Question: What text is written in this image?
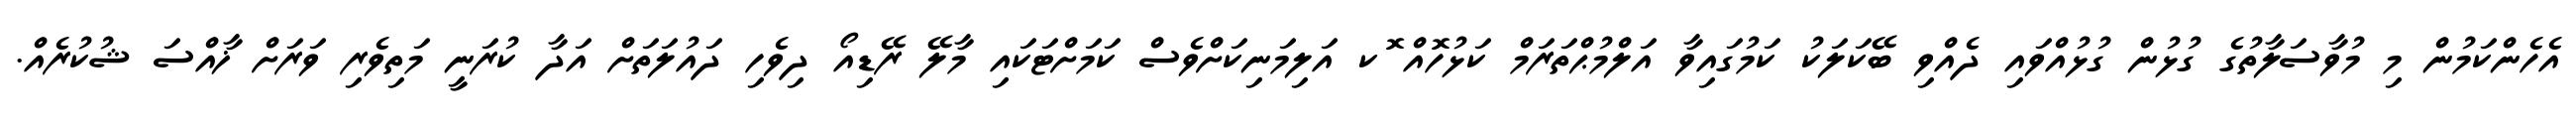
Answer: އެހެންކަމުން މި މުވާސަލާތުގެ ގުޅުން ގުޅުއްވައި ދެއްވި ބޭކަލަކު ކަމުގައިވާ އަލްމުޙްތަރަމް ކަޅުހޮއް ޮކ އަލިމަނިކަށްވެސް ކަމަށްޓަކައި މާލޭ ރޭޑިއޯ ދިވެހި ދައުލަތަށް އަދާ ކުރަނީ މަތިވެރި ވަރަށް ޚާއްސަ ޝުކުރެއް.